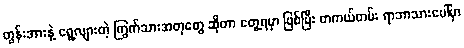
တွန်းအားနဲ့ ရွေ့လျားတဲ့ ကြွက်သားအတုတွေ ဆိုတာ တွေ့ရမှာ ဖြစ်ပြီး တကယ်တမ်း ရာဘာသားပေါ်မှာ